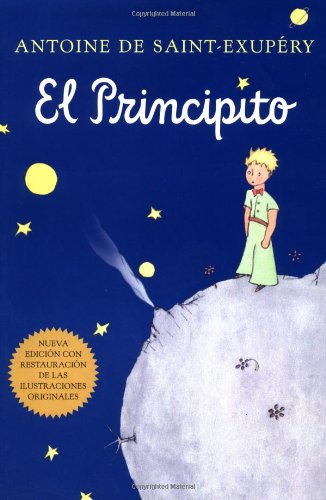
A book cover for El principito (Spanish); Antoine de Saint-ExupÃ©ry; Reference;